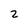
Character: 2